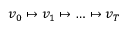
v _ { 0 } \mapsto v _ { 1 } \mapsto \ldots \mapsto v _ { T }